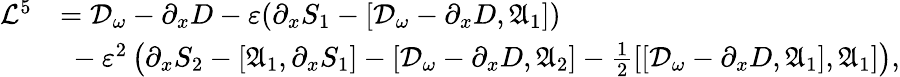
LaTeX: \begin{array}{rl}{\mathcal{L}^{5}}&{=\mathcal{D}_{\omega}-\partial_{x}D-\varepsilon(\partial_{x}S_{1}-[\mathcal{D}_{\omega}-\partial_{x}D,\mathfrak{A}_{1}])}\\ &{\ -\varepsilon^{2}\left(\partial_{x}S_{2}-[\mathfrak{A}_{1},\partial_{x}S_{1}]-[\mathcal{D}_{\omega}-\partial_{x}D,\mathfrak{A}_{2}]-\frac{1}{2}[[\mathcal{D}_{\omega}-\partial_{x}D,\mathfrak{A}_{1}],\mathfrak{A}_{1}]\right),}\end{array}